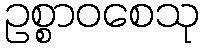
ဥစ္စာဝစေသု